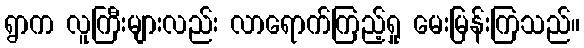
ရွာက လူကြီးများလည်း လာရောက်ကြည့်ရှု မေးမြန်းကြသည်။